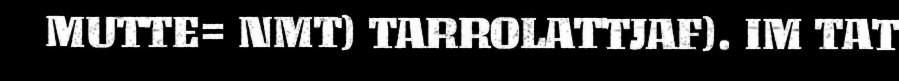
MUTTE= NMT) TARROLATTJAF). IM TAT